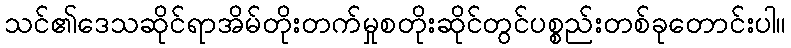
သင်၏ဒေသဆိုင်ရာအိမ်တိုးတက်မှုစတိုးဆိုင်တွင်ပစ္စည်းတစ်ခုတောင်းပါ။